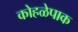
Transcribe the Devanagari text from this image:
कोहळेपाक